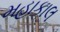
મહાકાલ